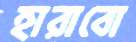
হারাবো